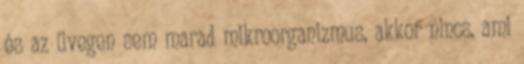
és az üvegen sem marad mikroorganizmus, akkor nincs, ami